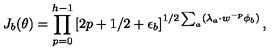
J _ { b } ( \theta ) = \prod _ { p = 0 } ^ { h - 1 } \left[ 2 p + 1 / 2 + \epsilon _ { b } \right] ^ { 1 / 2 \sum _ { a } ( \lambda _ { a } \cdot w ^ { - p } \phi _ { b } ) } ,